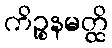
ကိဉ္စနမတ္ထိ